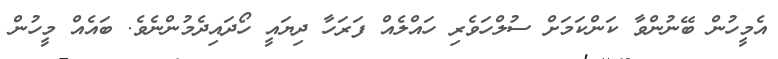
އެމީހުން ބޭނުންވާ ކަންކަމަށް ސުލްހަވެރި ހައްލެއް ފަރަހާ ދިޔައީ ހޯދައިދެމުންނެވެ. ބައެއް މީހުން